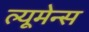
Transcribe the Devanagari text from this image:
ल्यूमेन्स